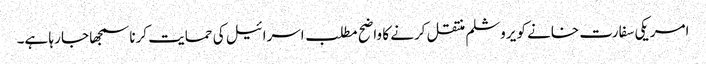
امریکی سفارت خانے کو یروشلم منتقل کرنے کا واضح مطلب اسرائیل کی حمایت کرنا سمجھا جا رہا ہے۔